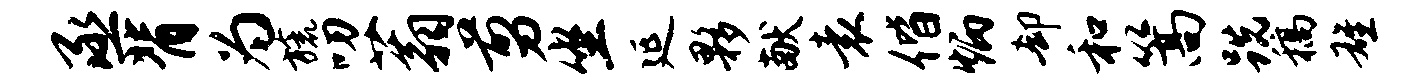
丞背为旒叨蓊剪坐延夥献袁偕炳却和篙跣稿雄